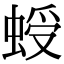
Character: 𧌅